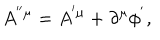
A ^ { ^ { \prime \prime } \mu } = A ^ { ^ { \prime } \mu } + \partial ^ { \mu } \phi ^ { ^ { \prime } } ,